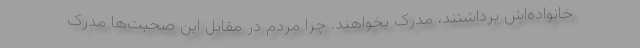
خانواده‌اش برداشتند، مدرک بخواهند. چرا مردم در مقابل این صحبت‌ها مدرک